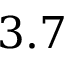
3 . 7